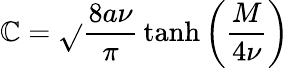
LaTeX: \mathbb{C}=\sqrt{}{{\frac{{8a\nu}}{{\pi}}}}\operatorname{tanh}\left(\frac{{M}}{{4\nu}}\right)